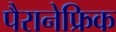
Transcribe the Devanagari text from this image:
पैरानेफ्रिक